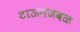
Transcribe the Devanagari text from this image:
टाऊनजवळ